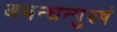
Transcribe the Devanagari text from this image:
अबन्धन्पुरुषं